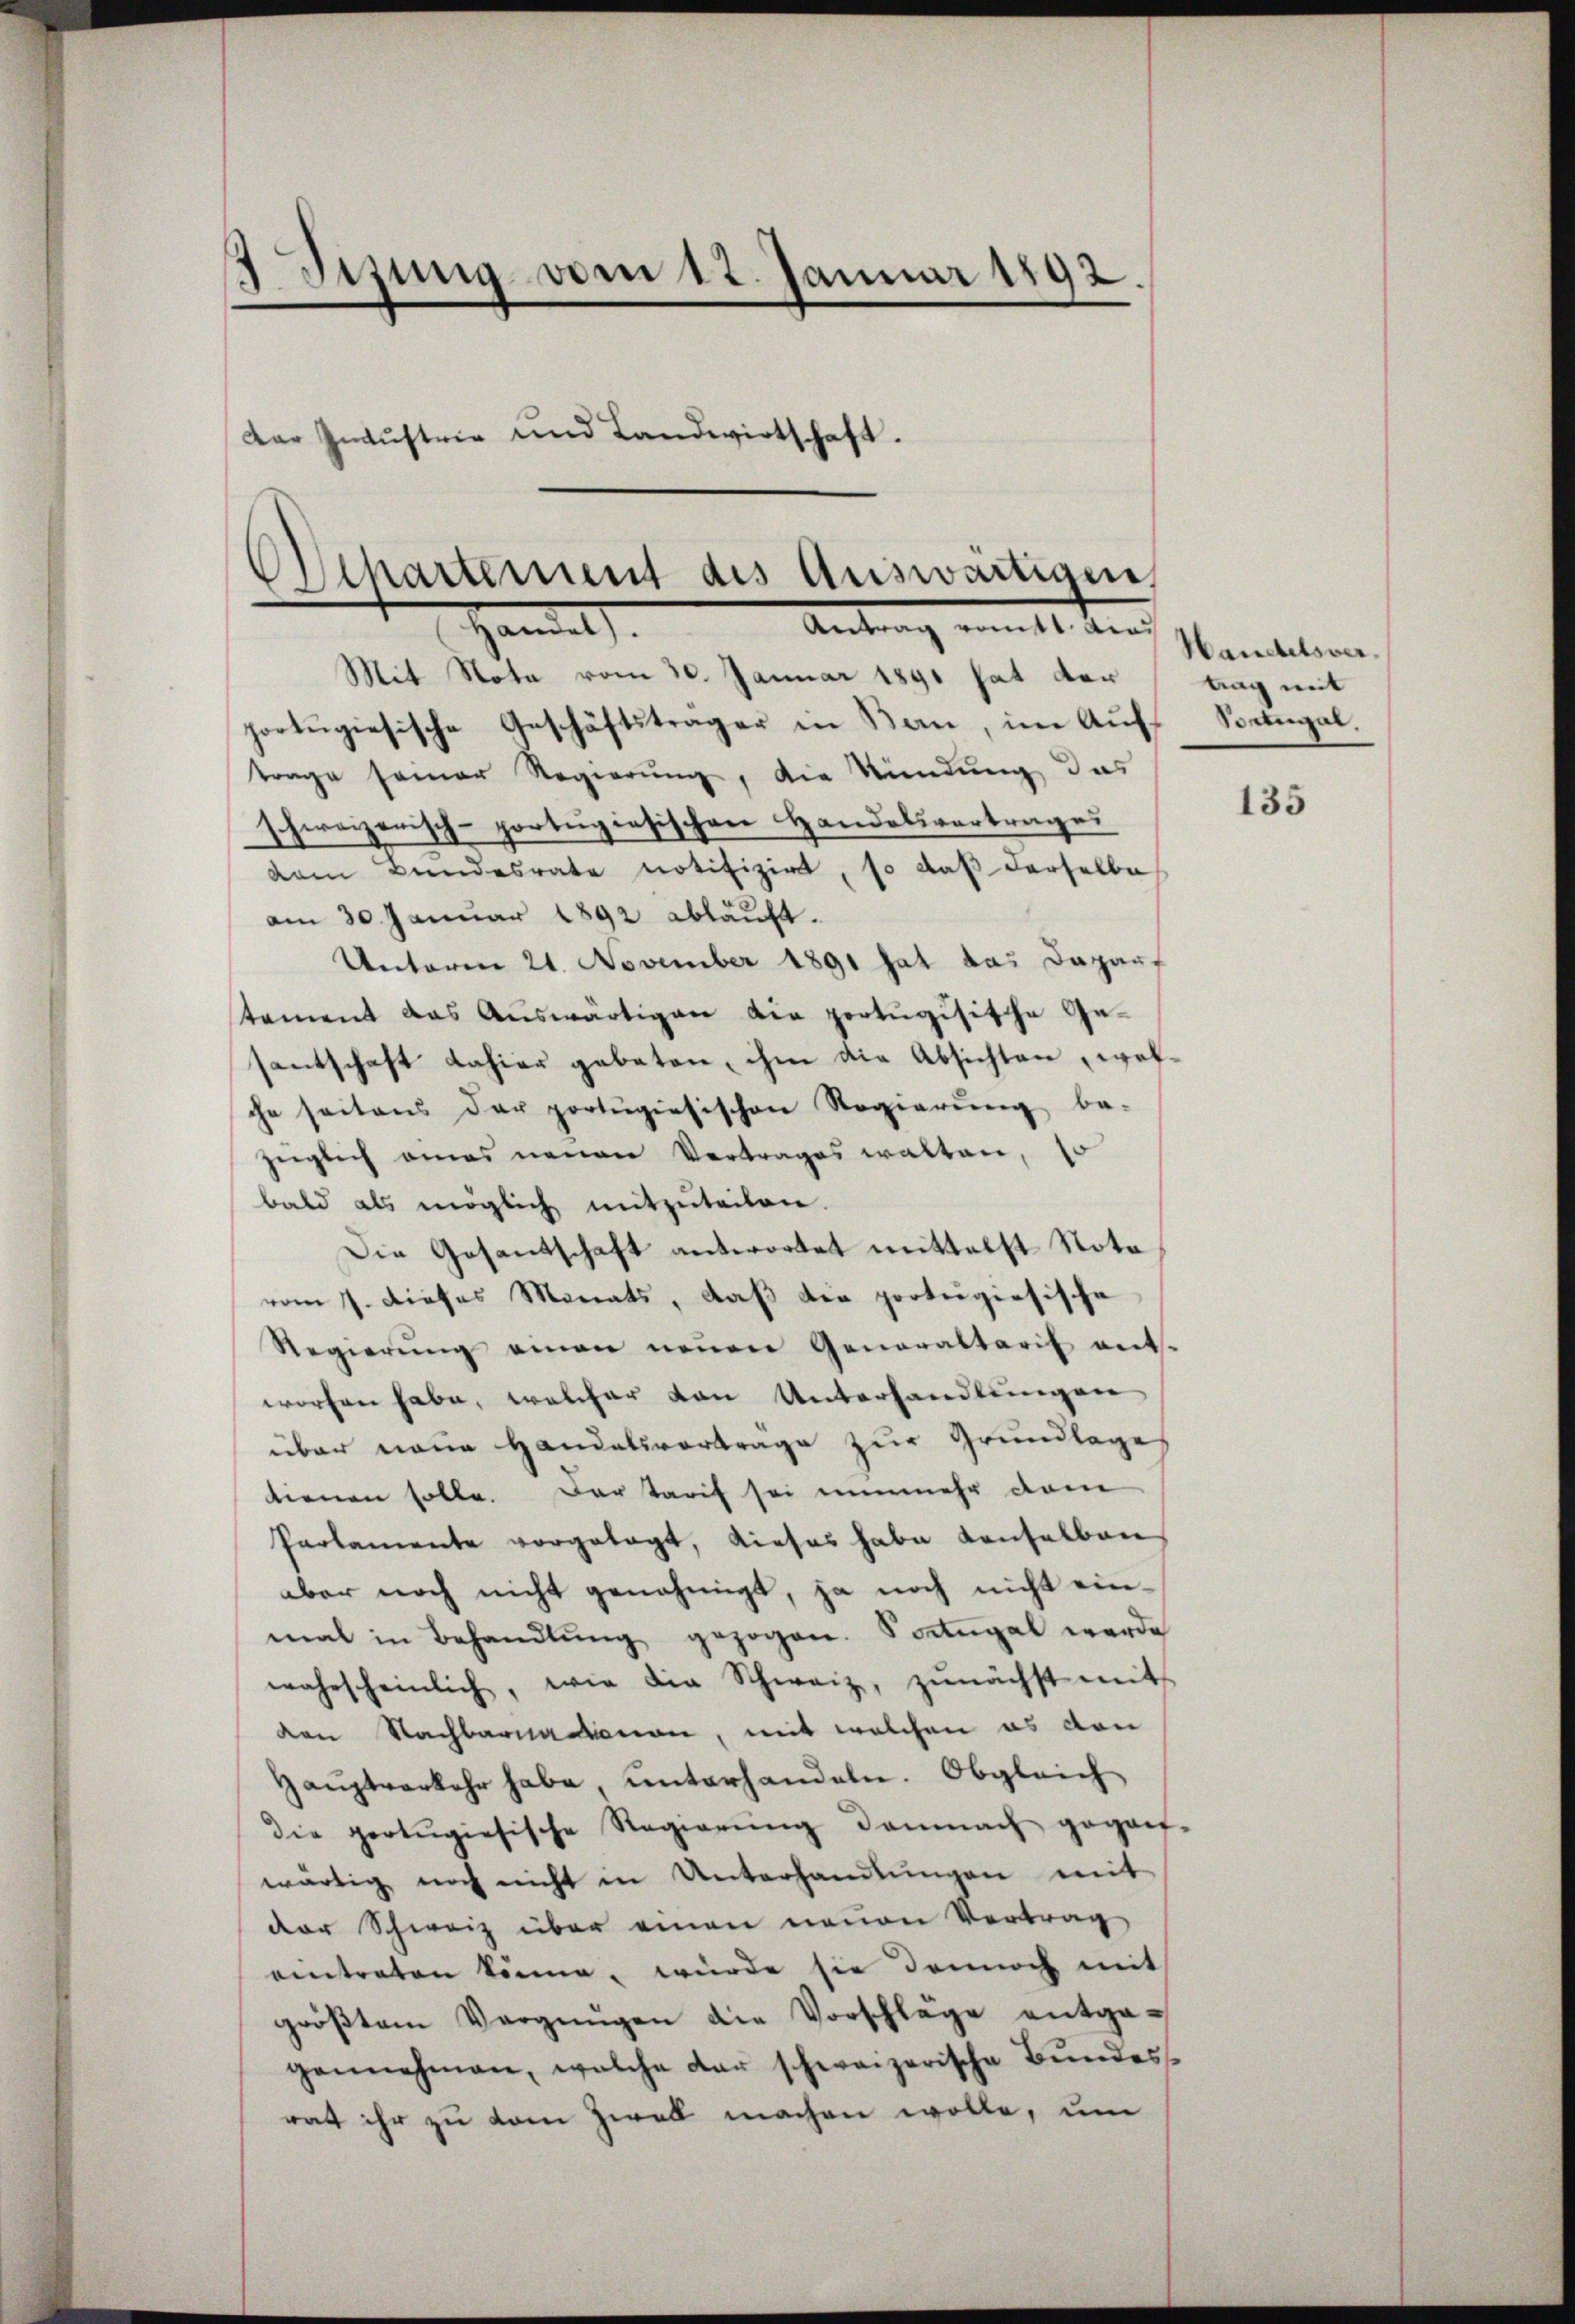
Jihung vom 12. Januar 1892
Dar Indŭstrie und Landwirtschaft.

Achartement des Auswanigen,
Antrag ratt. dies
Hamals.

Mit Nota vom 30. Januar 1890 hat vortrag mit
portugisische Geschäftsträger in Bern, im Auf
trage seiner Regierŭng, die Rindung das
schweizerisch-portugiesischen Handelsvertrages
dam Bundesrate notifizirt, so daß derselbe
am 30. Januar 1892 abläuft.
Unterm 21. November 1891 hat das Daparf
tement das Auswärtigen die portugisische Gesantschaft dahier geboten, ihm die Absichten, welche seitens der portŭgiesischen Regierŭng be-
züglich amas neuen Vertrages walten, so
bald als möglich mitzuteilen.
Die Gesantschaft antwortet mittelst Nota
vom 7. dieses Monats, daß die porteigiesische
Regierŭng einen neŭen Generaltarif ent-
worfen habe, welcher von Unterhandlungen
über neue Handelsvortrage zur Grundlage
tionen solle. Der Tarif sei nunmehr dam
Parlamente vorgelegt, dieses habe denselben
aber noch nicht genehmigt, ja noch nicht einmal in Behandlŭng gezogen. Sontugal werde
wahrscheinlich, wie die Schweiz, zŭnächst mit
den Nachbarnationen, mit welchen es von
Haŭptverkehr habe, ŭnterhandeln. Obgleich
die geolŭgiesische Regierŭng demnach gegan-
wärtig noch nicht in Unterhandlŭngen mit
der Schweiz über einen neuen Vertrag
eintreten könne, würde sie dennoch mit
gröβtem Vergnügen die Vorschläge entgegennehmen, welche dar schweizerische Bŭndes-
rat ihr zu kam zwei machen wolle, um

Handelsver¬
Soangal.

135